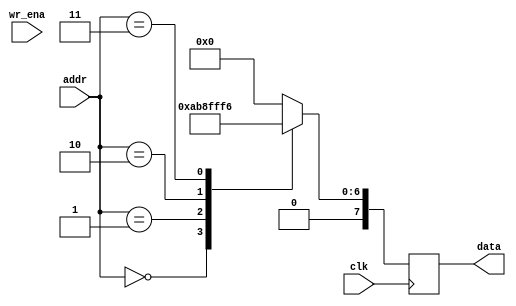
module mem_1 (clk, addr, wr_ena, data);
parameter DATA_WIDTH = 8;
input clk;
input [10:0] addr;
input wr_ena;
output [DATA_WIDTH-1:0] data;
reg [DATA_WIDTH-1:0] data;
always@(posedge clk) begin
 case (addr)
     0 : data <= 8'b01010101;
     1 : data <= 8'b01100011;
     2 : data <= 8'b01111111;
     3 : data <= 8'b01110110;
    default : data <= 0;
    endcase
end
endmodule